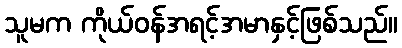
သူမက ကိုယ်ဝန်အရင့်အမာနှင့်ဖြစ်သည်။